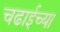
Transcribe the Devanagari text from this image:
चढाईच्या